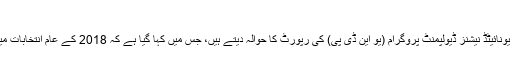
تارکین وطن کے ووٹ
بیرون ملک ووٹنگ سے متعلق یہ دستاویزات اقوام متحدہ کے ذیلی ادارے یونائیٹڈ نیشنز ڈیولپمنٹ پروگرام (یو این ڈی پی) کی رپورٹ کا حوالہ دیتے ہیں، جس میں کہا گیا ہے کہ 2018 کے عام انتخابات میں پاکستان کے پاس بیرون ملک ووٹنگ کرانے کے لیے محدود آپشن ہیں۔